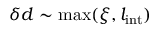
\delta d \sim \operatorname* { m a x } ( \xi , l _ { \mathrm { i n t } } )